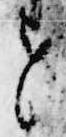
せ